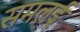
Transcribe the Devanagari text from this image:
समलई